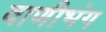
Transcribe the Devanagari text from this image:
वाणीभंग